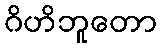
ဂိဟိဘူတော